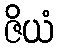
ဇိယံ